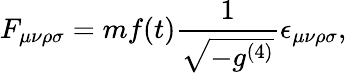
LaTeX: F_{\mu\nu\rho\sigma}=mf(t)\frac{1}{\sqrt{-g^{(4)}}}\epsilon_{\mu\nu\rho\sigma},